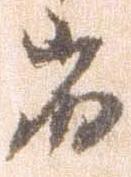
着